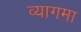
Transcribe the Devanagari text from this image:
व्यागमा